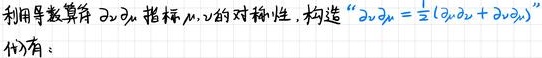
利用导数算符 $\partial_\mu$ 指标 $\mu,\nu$ 的对称性，构造 “$2\partial_\mu=\frac{1}{2}(\partial_\mu\partial_\nu+\partial_\nu\partial_\mu)$” 代价有：